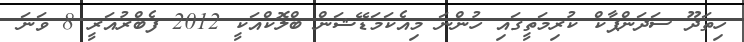
ހިތަދޫ ސަދަންޕާކް ކުރިމަތީގައި ހުންނަ މިއެކަމަޑޭޝަން ބްލޮކްއަކީ 2012 ފެބްރުއަރީ 8 ވަނަ